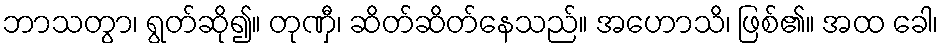
ဘာသတွာ၊ ရွတ်ဆို၍။ တုဏှီ၊ ဆိတ်ဆိတ်နေသည်။ အဟောသိ၊ ဖြစ်၏။ အထ ခေါ၊